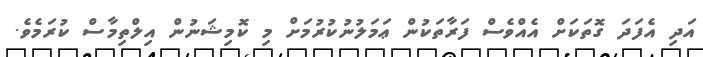
އަދި އެފަދަ ގޮތަކަށް އެއްވެސް ފަރާތަކުން ޢަމަލުނުކުރުމަށް މި ކޮމިޝަނުން އިލްތިމާސް ކުރަމެވެ.